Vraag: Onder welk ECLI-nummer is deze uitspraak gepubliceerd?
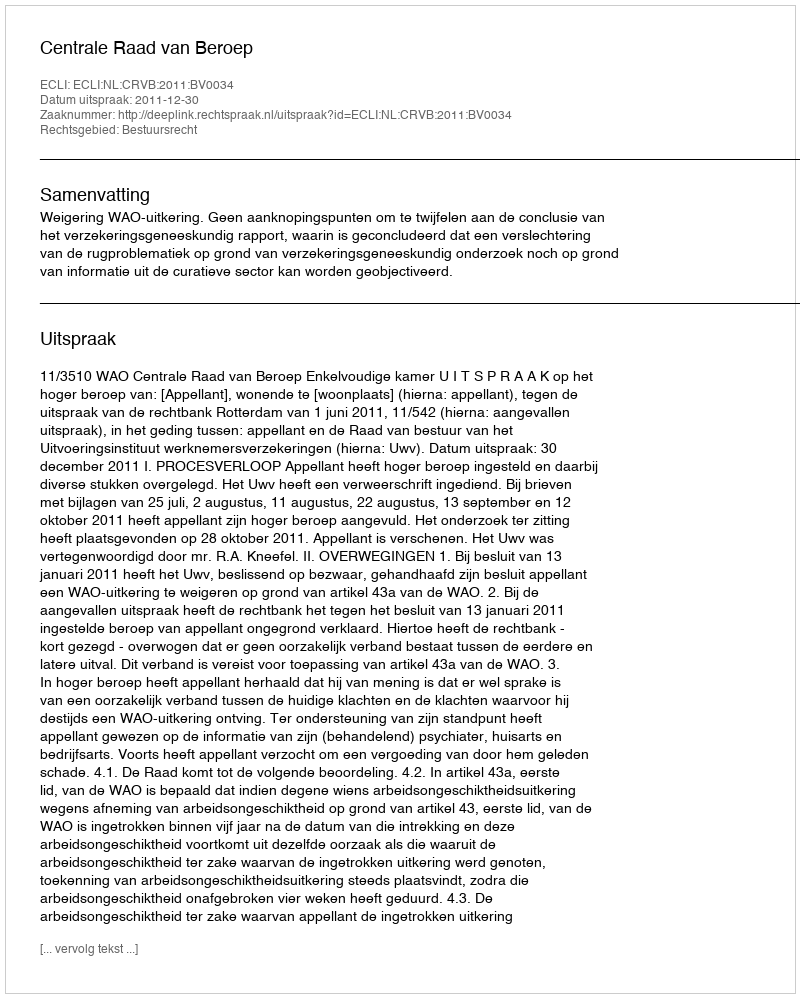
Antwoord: ECLI:NL:CRVB:2011:BV0034